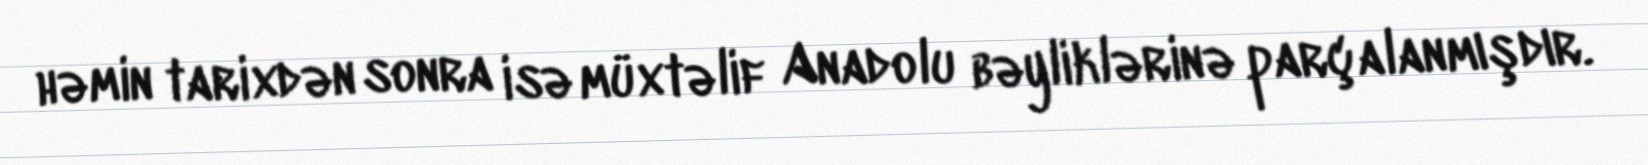
həmin tarixdən sonra isə müxtəlif Anadolu bəyliklərinə parçalanmışdır.